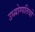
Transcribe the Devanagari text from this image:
उध्योग्पतियो